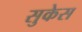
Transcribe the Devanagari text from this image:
सुकेस